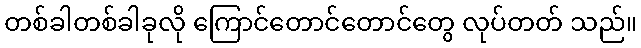
တစ်ခါတစ်ခါခုလို ကြောင်တောင်တောင်တွေ လုပ်တတ် သည်။